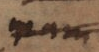
nam